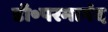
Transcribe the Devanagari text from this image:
डॉ॰परमानंद